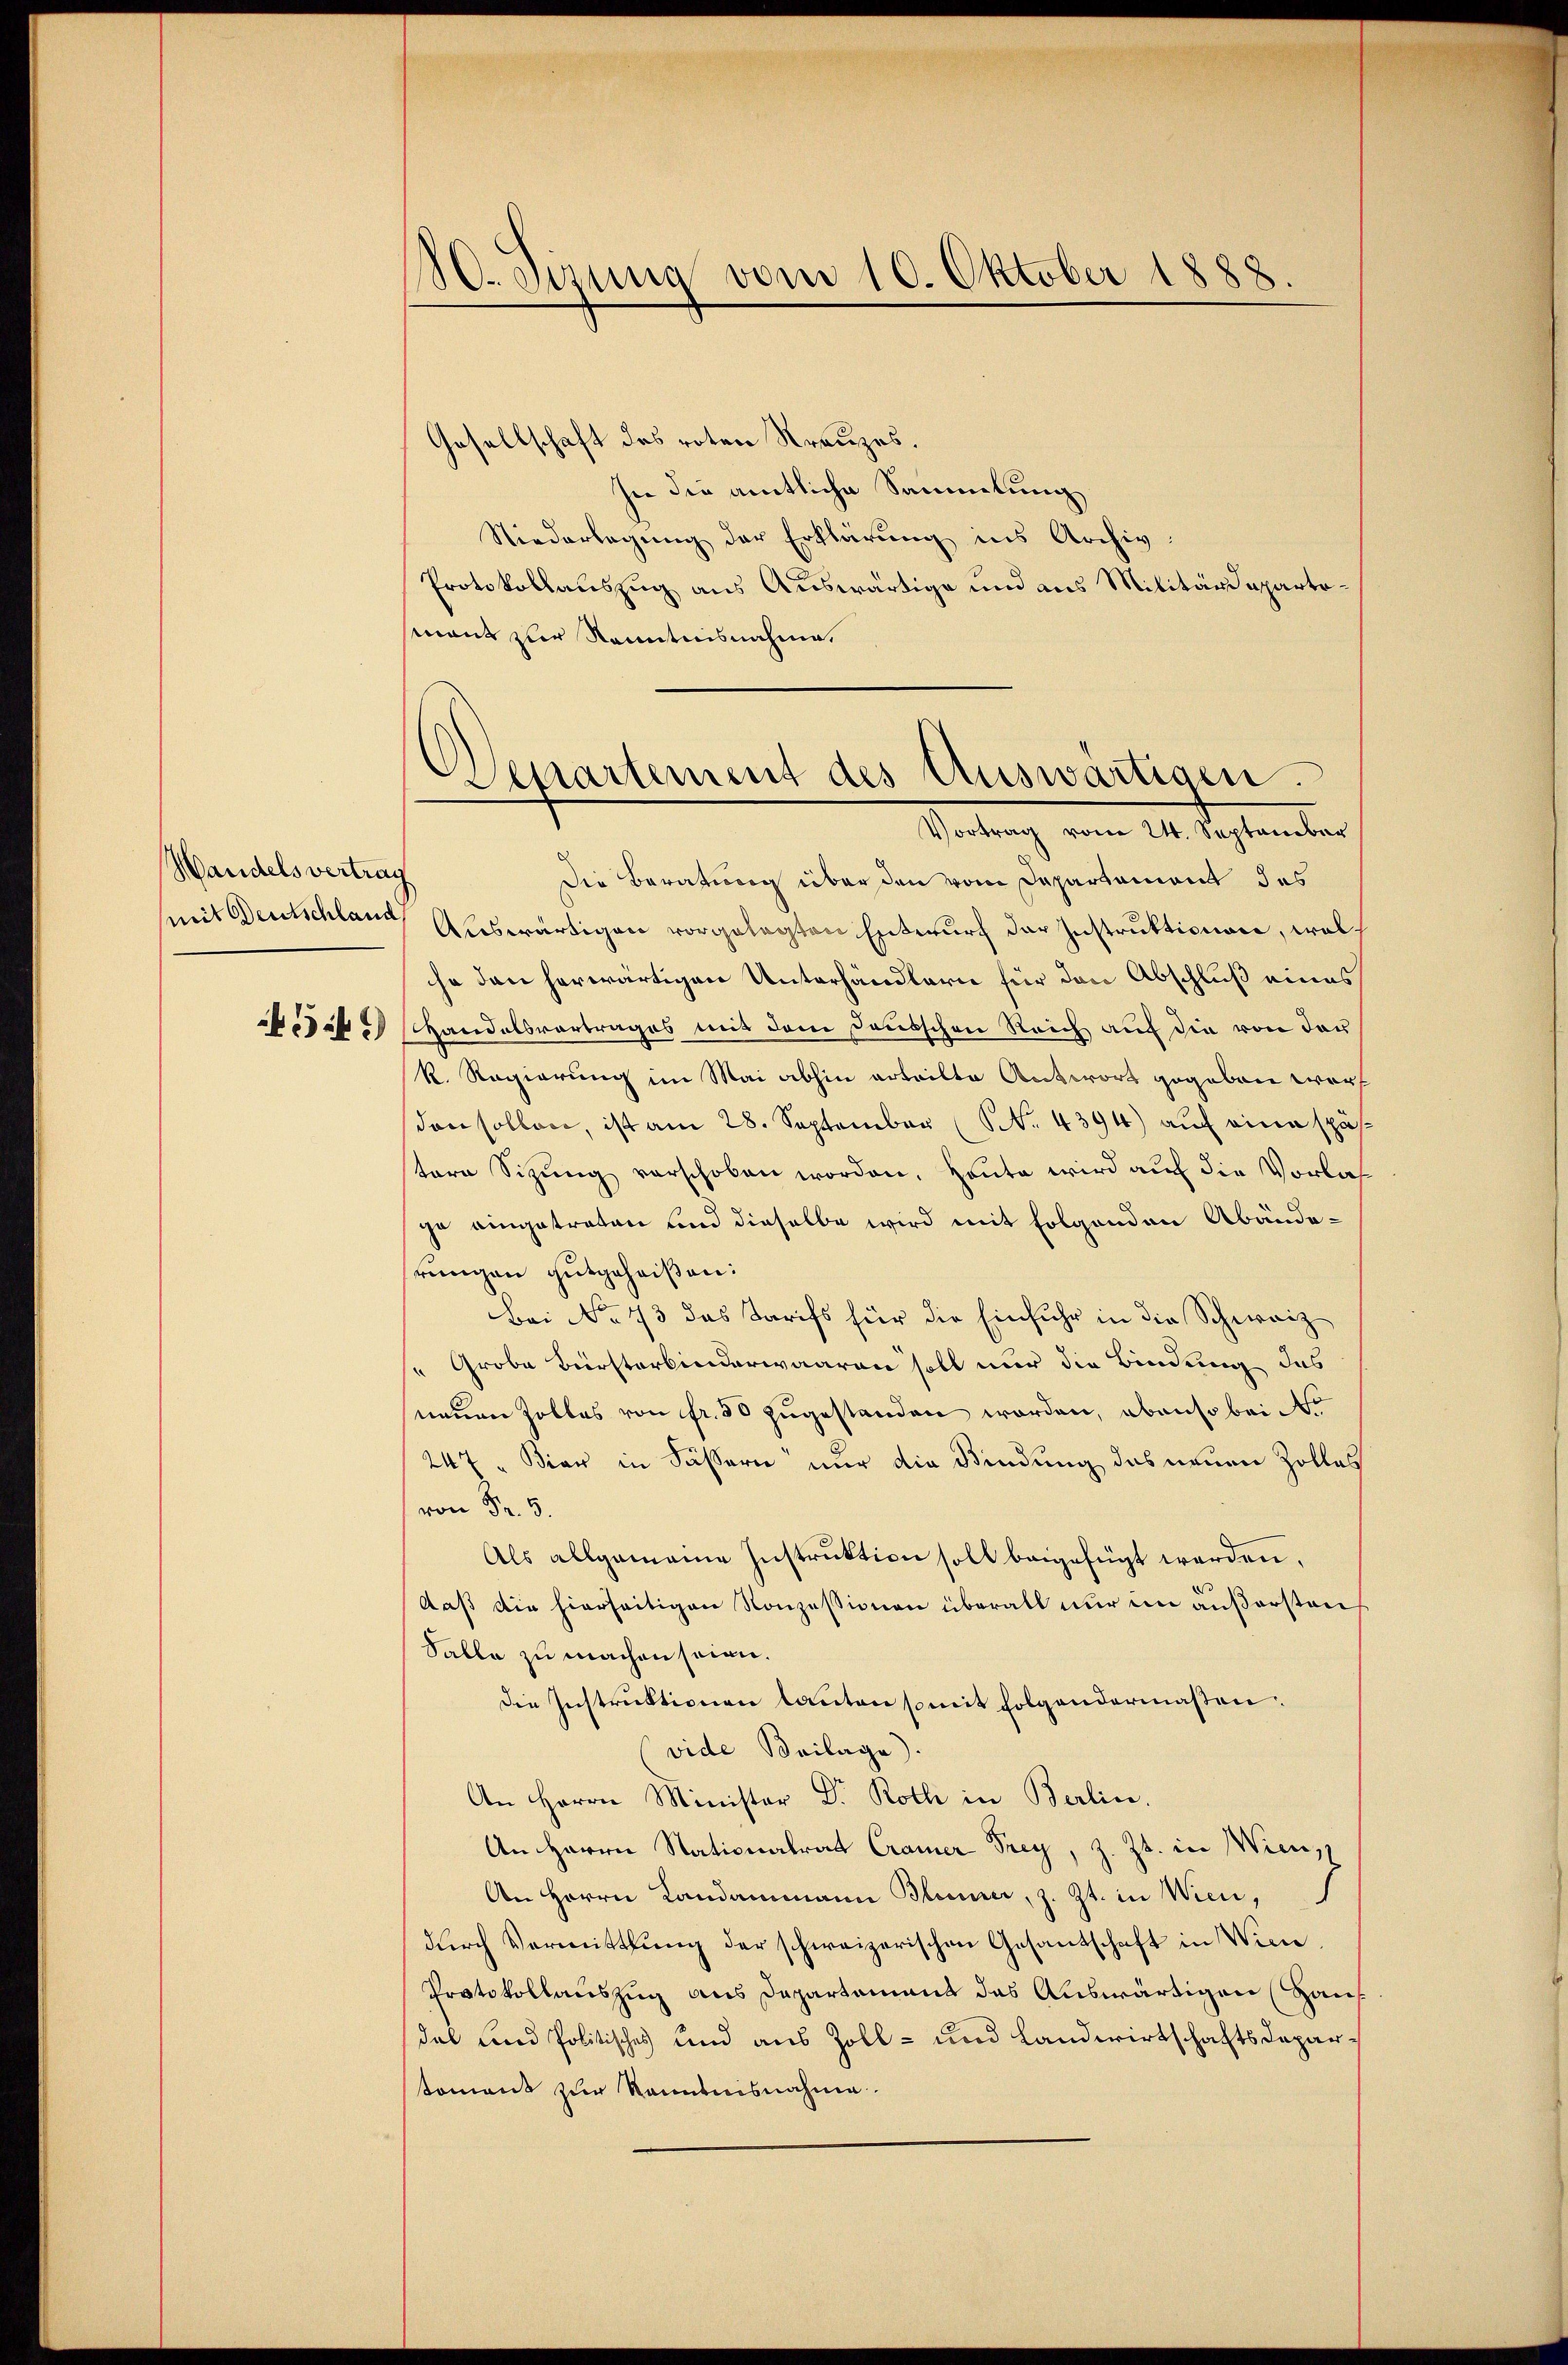
Handelsvertrag
mit Deutschland
 54 x

.enzung vom 10. Oktober 1888.

Departement des Auswärtigen.
Vortrag vom 24. September

Gesellschaft des roten Kreuzes.
In die amtliche Sammlung
Niederlegung der Erklärung ins Archiv.
Protokollauszug aus Auswärtige und aus Militärdepartomant zur Kenntnisnahme,
Die Beratung über den vom Departement des
Auswärtigen vorgelegten Entwurf der Instruktionare, wolhe den herwärtigen Unterhändlerie für den Abschluß eines
Handelsvortrages mit dem dausschen Reich auf die von der
k. Regierung im Mai abhin erteilte Antwort gegeben war,
den sollen, ist am 28. September (N. 4394) auf eine spä
tere Sitzŭng verschoben worden. Heute wird aŭf die Vorlas
ge eingetreten und dieselbe wird mit folgenden Abändehrungen gutgeheißen:
Bei No 73 das Tarifs für die Einfuhr in die Schwarz
s Groba Bürsterbinderwaaren soll nur die Bindung das
neuen Zolles von fr. 30 zugestanden worden, ebenso bei de
247 " Bier in Fässern nur die Bindung des neuen Zolles
von Fr. 3.
Als allgemeine Instruktion soll beigefügt werden,
daß die hierseitigen Konzessionen überall nur im äußersten
Falle zu machen seien.
die Instruktionen lauten somit folgendermaßen:
(vide Beilage).
An Herrn Minister Dr. Roth in Berlin.
An Herrn Stationalrat Cramer Frey, z. Zt. in Wien,
An Herrn Landammann Blumer, z. Zt. in Wien,
dŭrch Vermittlung der schweizerischen Gesantschaft in Wiene,
Protokollauszug aus Departamens des Auswärtigen (Haus
das und Politisches und aus Zoll- und Landwirtschaftsdeparkoment zur Kenntnisnahme.